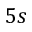
5 s